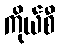
ကိုယ်စီ